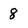
Character: 8